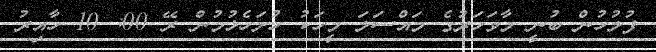
ފުލުހުން ބުނީ މާވަހަރުގެ މައްސަލަ މީހަކު ހުށަހެޅުމުން ރޭ 00: 10 ހާއިރު